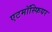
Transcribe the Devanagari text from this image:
एटमॉस्फियर